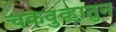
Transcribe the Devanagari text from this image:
चक्रवुव्हातुन